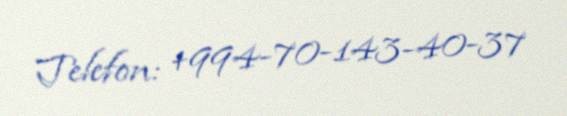
Telefon: +994-70-143-40-37